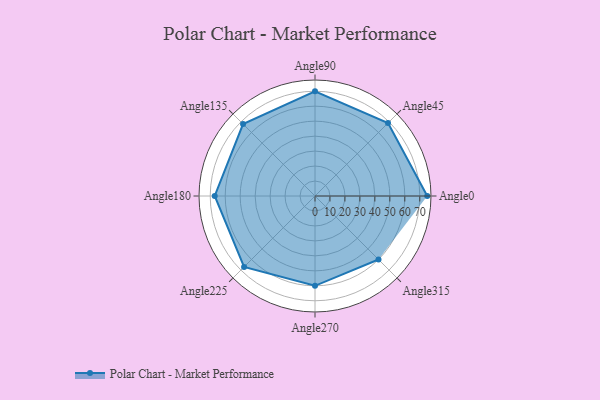
{"axis": {"x": "Angle", "y": "Radius"}, "legend": [""], "data": [{"x": "Angle0", "y": 75.0, "type": ""}, {"x": "Angle45", "y": 69.0, "type": ""}, {"x": "Angle90", "y": 70.0, "type": ""}, {"x": "Angle135", "y": 68.0, "type": ""}, {"x": "Angle180", "y": 67.0, "type": ""}, {"x": "Angle225", "y": 67.0, "type": ""}, {"x": "Angle270", "y": 60.0, "type": ""}, {"x": "Angle315", "y": 60.0, "type": ""}]}